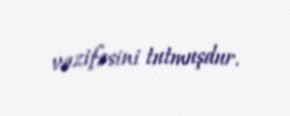
vəzifəsini tutmuşdur.